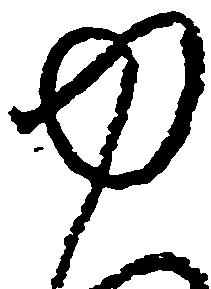
ゆ